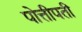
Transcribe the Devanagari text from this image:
पोत्तीपती